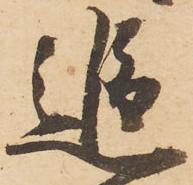
追